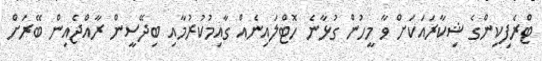
ޓްރެފިކިންގެ ޝިކާރައަކަށް ވާ މީހުން ގުޅާނެ ހޮޓްލައިނެއް ގާއިމުކުރުމާއި ބިދޭސީން ރާއްޖެއިން ބޭރަށް